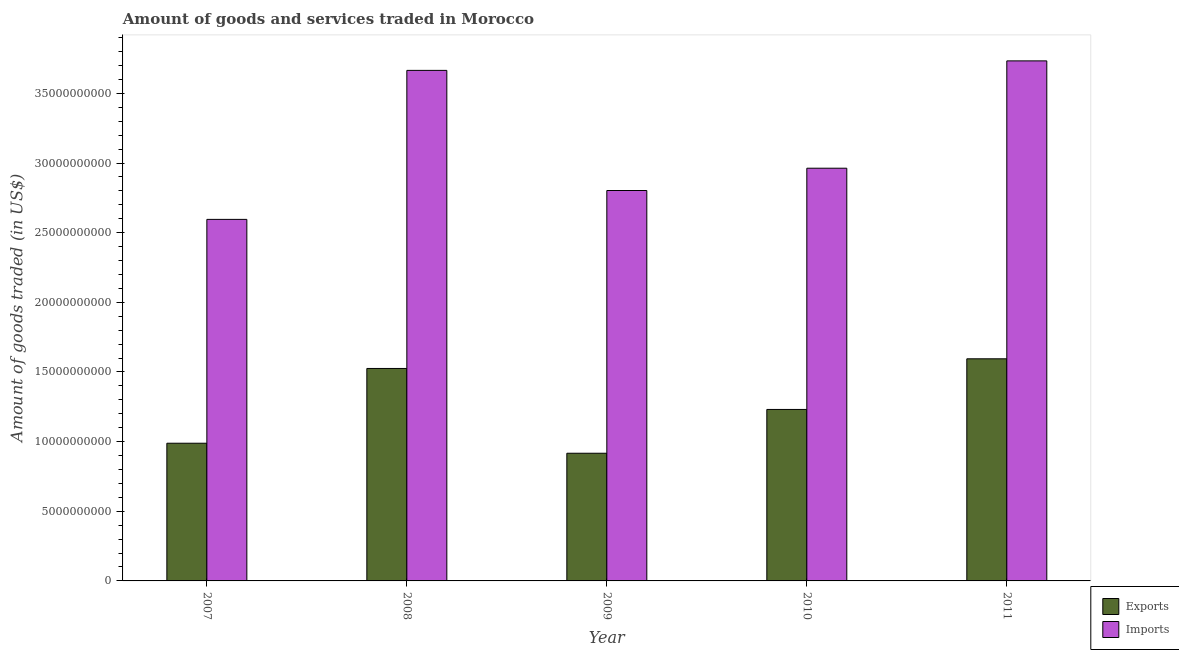
| Year | Exports | Imports |
 | --- | --- | --- |
 | 2007 | 9.88e+09 | 2.6e+10 |
 | 2008 | 1.53e+10 | 3.67e+10 |
 | 2009 | 9.17e+09 | 2.8e+10 |
 | 2010 | 1.23e+10 | 2.96e+10 |
 | 2011 | 1.59e+10 | 3.73e+10 |